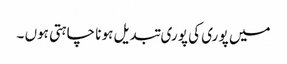
میں پو ری کی پو ری تبدیل ہو نا چاہتی ہوں ۔